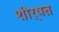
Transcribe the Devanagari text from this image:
शीर्षत